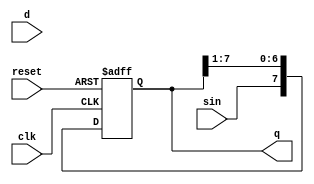
module shift_reg(
	input clk,
	input [7:0] d,
	input sin,
	input reset,
	output reg [7:0] q
);

always @(posedge clk or posedge reset) begin
	if (reset) begin
    	q <= 8'b00000000;
	end else begin
    	q <= {sin, q[7:1]};
	end
end

endmodule

//TESTBENCH

module shift_reg_tb;
  reg clk;
  reg sin;
  reg reset;
  wire [7:0] q;

  shift_reg uut (
	.clk(clk),
	.sin(sin),
	.reset(reset),
	.q(q)
  );


  always begin
	#5 clk = ~clk;
  end


  initial begin

	clk = 0;
	sin = 1'b0;
	reset = 1'b0;

	reset = 1'b1;
	#10 reset = 1'b0;

	sin = 1'b1;
	#10 sin = 1'b0;
	#10 sin = 1'b1;
	#10 sin = 1'b0;
     #10 sin = 1'b0;
     #10 sin = 1'b1;
     #10 sin = 1'b1;
     #10 sin = 1'b0;
     #10 sin = 1'b1;
     #10 sin = 1'b0;

	$finish;
  end

endmodule